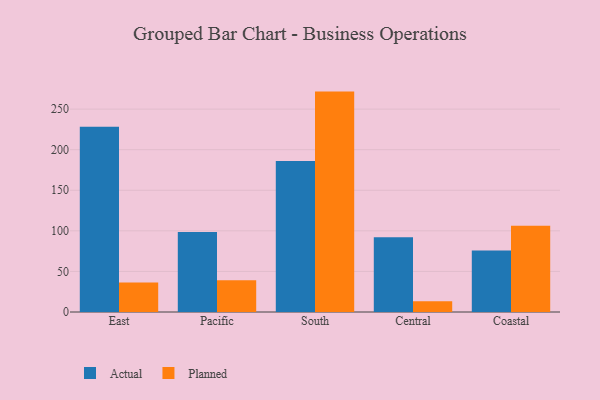
{"axis": {"x": "Region", "y": "Active Users"}, "legend": ["Actual", "Planned"], "data": [{"x": "East", "y": 228.2, "type": "Actual"}, {"x": "East", "y": 36.5, "type": "Planned"}, {"x": "Pacific", "y": 98.7, "type": "Actual"}, {"x": "Pacific", "y": 39.1, "type": "Planned"}, {"x": "South", "y": 186.1, "type": "Actual"}, {"x": "South", "y": 271.6, "type": "Planned"}, {"x": "Central", "y": 92.1, "type": "Actual"}, {"x": "Central", "y": 13.2, "type": "Planned"}, {"x": "Coastal", "y": 75.8, "type": "Actual"}, {"x": "Coastal", "y": 106.3, "type": "Planned"}]}